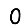
Digit: 0